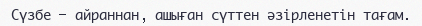
Сүзбе — айраннан, ашыған сүттен әзірленетін тағам.